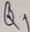
Text: Q1